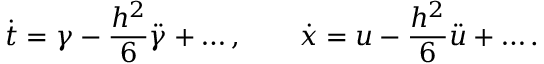
\dot { t } = \gamma - \frac { h ^ { 2 } } 6 \ddot { \gamma } + \ldots , \qquad \dot { x } = u - \frac { h ^ { 2 } } 6 \ddot { u } + \ldots .